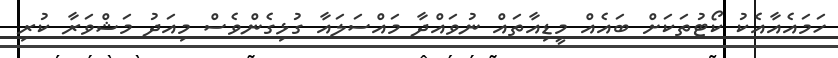
ހަމައެއާއެކު ކޯޓުތަކަށް ބައެއް މީޑިއާތައް ނުވައްދާ މައްސަލައާ ގުޅިގެންވެސް މިއަދު މަޝްވަރާ ކުރި